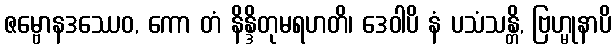
ဇမ္ဗောနဒဿေဝ, ကော တံ နိန္ဒိတုမရဟတိ၊ ဒေဝါပိ နံ ပသံသန္တိ, ဗြဟ္မုနာပိ